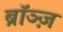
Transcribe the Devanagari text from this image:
ब्रॉञ्ज़